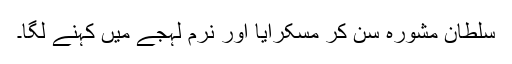
سلطان مشورہ سن کر مسکرایا اور نرم لہجے میں کہنے لگا۔